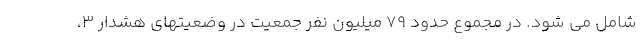
شامل می شود. در مجموع حدود ۷۹ میلیون نفر جمعیت در وضعیتهای هشدار ۳،